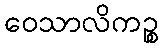
ဝေသာလိကဉ္စ